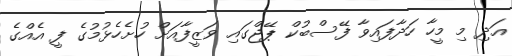
އަދި މި މީހާ ހަދާފައިވާ ފޭސްބުކް ޕޭޖްގައި ވަޒީފާއަށް ހުށެހެޅުމުގެ ފީ އެއްގެ